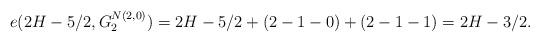
LaTeX: \begin{align*} e(2H-5/2,G^{N(2,0)}_{2}) =2H-5/2+(2-1-0)+(2-1-1)=2H-3/2. \end{align*}